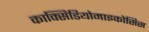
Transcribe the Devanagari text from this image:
काक्सिडियोमाइकोसिस